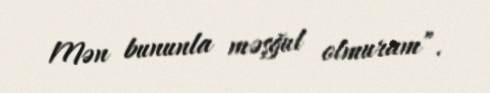
Mən bununla məşğul olmuram”.